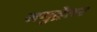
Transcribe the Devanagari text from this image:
समुद्रेतर